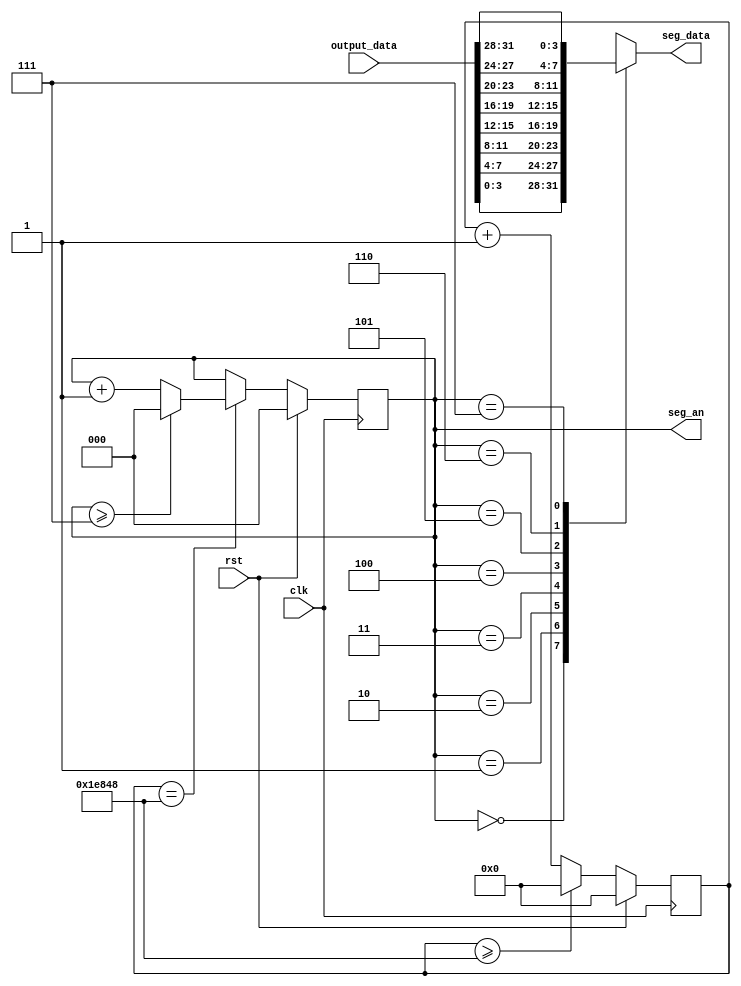
module Segment(
    input                       clk,
    input                       rst,
    input       [31:0]          output_data,
    output reg  [ 3:0]          seg_data,
    output reg  [ 2:0]          seg_an
);


parameter COUNT_NUM = 50_000_000 / 400;     // 100MHz to 400Hz
parameter SEG_NUM = 8;                       // Number of segments

reg [31:0] counter;
always @(posedge clk) begin
    if (rst)
        counter <= 0;
    else if (counter >= COUNT_NUM)
        counter <= 0;
    else
        counter <= counter + 1;
end

reg [2:0] seg_id;
always @(posedge clk) begin
    if (rst)
        seg_id <= 0;
    else if (counter == COUNT_NUM) begin
        if (seg_id >= SEG_NUM - 1)
            seg_id <= 0;
        else
            seg_id <= seg_id + 1;
    end
end

always @(*) begin
    seg_data = 0;
    case (seg_an)
        'd0     : seg_data = output_data[3:0]; 
        'd1     : seg_data = output_data[7:4];
        'd2     : seg_data = output_data[11:8];
        'd3     : seg_data = output_data[15:12];
        'd4     : seg_data = output_data[19:16];
        'd5     : seg_data = output_data[23:20];
        'd6     : seg_data = output_data[27:24];
        'd7     : seg_data = output_data[31:28];
        default : seg_data = 0;
    endcase
end

always @(*) begin
    seg_an = seg_id;
end

endmodule